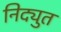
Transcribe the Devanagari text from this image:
निद्युत